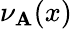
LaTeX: \nu_{\mathbf{A}}(x)